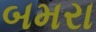
બમરા